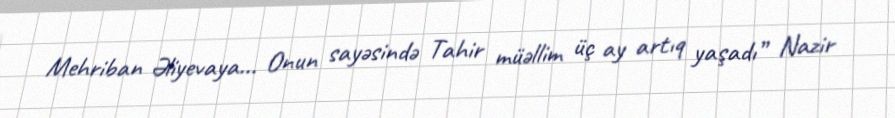
Mehriban Əliyevaya... Onun sayəsində Tahir müəllim üç ay artıq yaşadı” Nazir